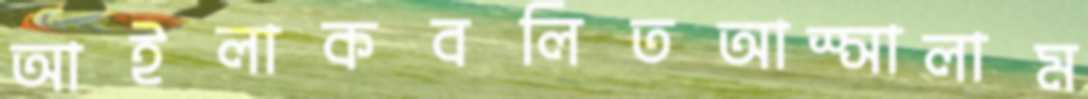
আইলাকবলিতআস্সালাম